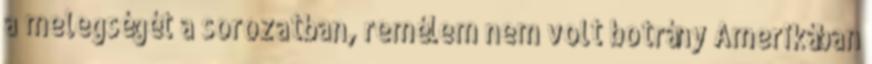
a melegségét a sorozatban, remélem nem volt botrány Amerikában